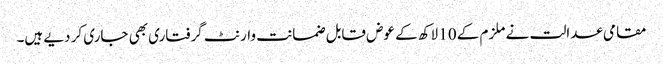
مقامی عدالت نے ملزم کے 10 لاکھ کے عوض قابل ضمانت وارنٹ گرفتاری بھی جاری کر دیے ہیں۔